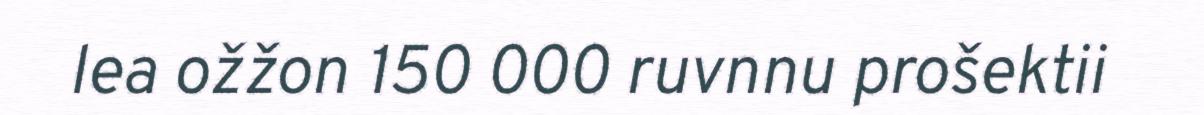
lea ožžon 150 000 ruvnnu prošektii